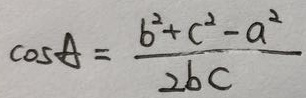
\cos A = \frac { b ^ { 2 } + c ^ { 2 } - a ^ { 2 } } { 2 b c }